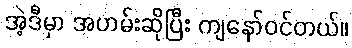
အဲ့ဒီမှာ အဟမ်းဆိုပြီး ကျနော်ဝင်တယ်။